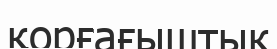
қорғағыштық